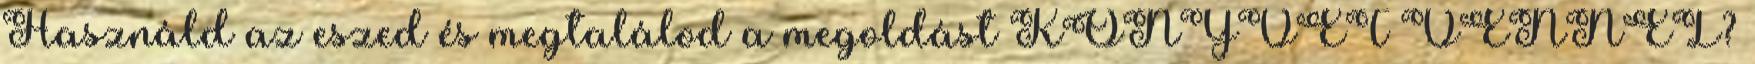
Használd az eszed és megtalálod a megoldást KÖNYVET VENNÉL?